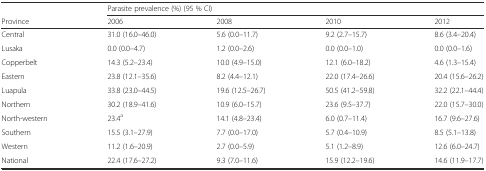
|  | <COLSPAN=4> Parasite prevalence (%) (95 % CI) |
 | Province | 2006 | 2008 | 2010 | 2012 |
 | --- | --- | --- | --- | --- |
 | Central | 31.0 (16.0–46.0) | 5.6 (0.0–11.7) | 9.2 (2.7–15.7) | 8.6 (3.4–20.4) |
 | Lusaka | 0.0 (0.0–4.7) | 1.2 (0.0–2.6) | 0.0 (0.0–1.0) | 0.0 (0.0–1.6) |
 | Copperbelt | 14.3 (5.2–23.4) | 10.0 (4.9–15.0) | 12.1 (6.0–18.2) | 4.6 (1.3–15.4) |
 | Eastern | 23.8 (12.1–35.6) | 8.2 (4.4–12.1) | 22.0 (17.4–26.6) | 20.4 (15.6–26.2) |
 | Luapula | 33.8 (23.0–44.5) | 19.6 (12.5–26.7) | 50.5 (41.2–59.8) | 32.2 (22.1–44.4) |
 | Northern | 30.2 (18.9–41.6) | 10.9 (6.0–15.7) | 23.6 (9.5–37.7) | 22.0 (15.7–30.0) |
 | North-western | 23.4a | 14.1 (4.8–23.4) | 6.0 (0.7–11.4) | 16.7 (9.6–27.6) |
 | Southern | 15.5 (3.1–27.9) | 7.7 (0.0–17.0) | 5.7 (0.4–10.9) | 8.5 (5.1–13.8) |
 | Western | 11.2 (1.6–20.9) | 2.7 (0.0–5.9) | 5.1 (1.2–8.9) | 12.6 (6.0–24.7) |
 | National | 22.4 (17.6–27.2) | 9.3 (7.0–11.6) | 15.9 (12.2–19.6) | 14.6 (11.9–17.7) |